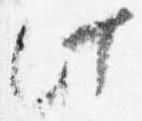
此